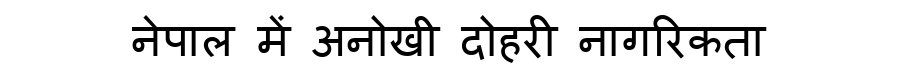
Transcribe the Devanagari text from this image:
नेपाल में अनोखी दोहरी नागरिकता